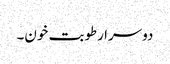
دوسرا رطوبت خون۔